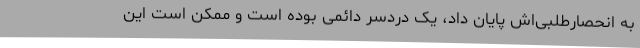
به انحصارطلبی‌اش پایان داد، یک دردسر دائمی بوده است و ممکن است این